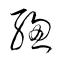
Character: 緫